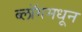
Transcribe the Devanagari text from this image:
ब्लॉगमधून